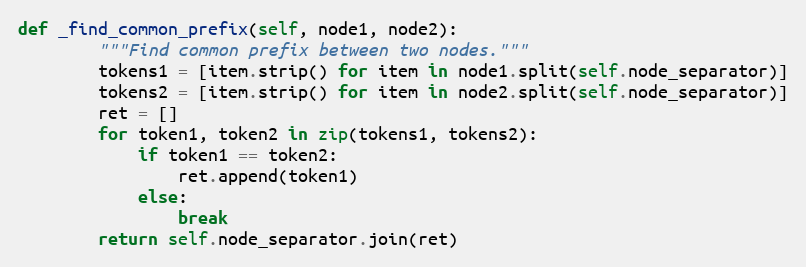
Language: Python
def _find_common_prefix(self, node1, node2):
        """Find common prefix between two nodes."""
        tokens1 = [item.strip() for item in node1.split(self.node_separator)]
        tokens2 = [item.strip() for item in node2.split(self.node_separator)]
        ret = []
        for token1, token2 in zip(tokens1, tokens2):
            if token1 == token2:
                ret.append(token1)
            else:
                break
        return self.node_separator.join(ret)